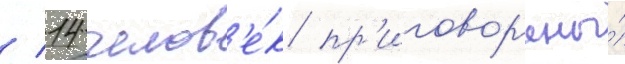
/ 14 челов'е́к пр'иговор'ены́